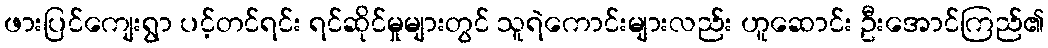
ဖားပြင်ကျေးရွာ ပင့်တင်ရင်း ရင်ဆိုင်မှုများတွင် သူရဲကောင်းများလည်း ဟူဆောင်း ဦးအောင်ကြည်၏